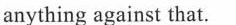
anything against that.